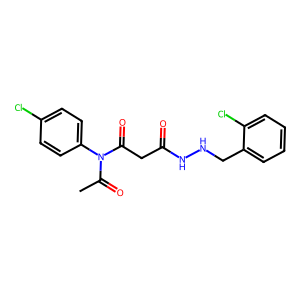
SMILES: CC(=O)N(C(=O)CC(=O)NNCc1ccccc1Cl)c1ccc(Cl)cc1
Inhibits HIV replication: No